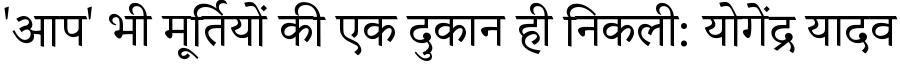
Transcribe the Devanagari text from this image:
'आप' भी मूर्तियों की एक दुकान ही निकली: योगेंद्र यादव